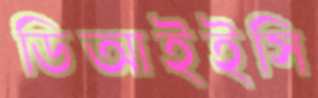
ডিআইইসি